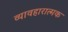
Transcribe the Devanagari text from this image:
व्यावहारात्मक